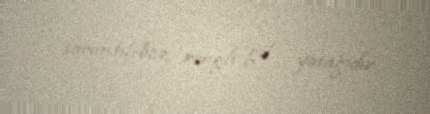
sarımtıl-boz rəngli gil yatağıdır.